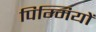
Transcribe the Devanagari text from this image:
पिग्मियों